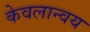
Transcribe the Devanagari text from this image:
केवलान्वय